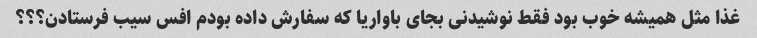
غذا مثل همیشه خوب بود فقط نوشیدنی بجای باواریا که سفارش داده بودم افس سیب فرستادن؟؟؟